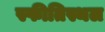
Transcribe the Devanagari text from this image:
स्फीतिस्थल